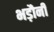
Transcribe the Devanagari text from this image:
भड़ौनी